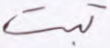
تبت